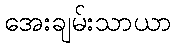
အေးချမ်းသာယာ